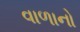
વાળાનો